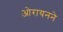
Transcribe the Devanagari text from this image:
ओरायनने